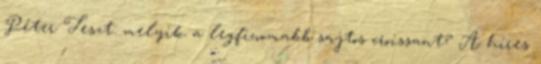
Péter Teszt: melyik a legfinomabb sajtos croissant? A híres